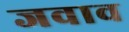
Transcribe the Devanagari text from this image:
जवाव